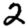
Digit: 2